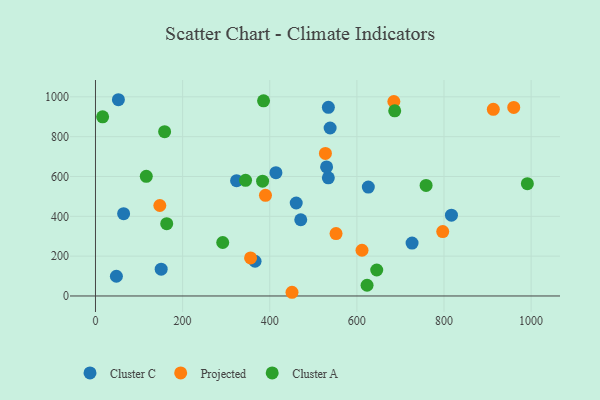
{"axis": {"x": "Price", "y": "Fuel Efficiency"}, "legend": ["Cluster A", "Cluster C", "Projected"], "data": [{"x": "534.6", "y": 947.5, "type": "Cluster C"}, {"x": "817.1", "y": 405.8, "type": "Cluster C"}, {"x": "538.6", "y": 843.5, "type": "Cluster C"}, {"x": "626.3", "y": 547.0, "type": "Cluster C"}, {"x": "471.2", "y": 382.7, "type": "Cluster C"}, {"x": "534.5", "y": 593.4, "type": "Cluster C"}, {"x": "366.3", "y": 174.3, "type": "Cluster C"}, {"x": "150.8", "y": 134.4, "type": "Cluster C"}, {"x": "323.9", "y": 579.1, "type": "Cluster C"}, {"x": "52.6", "y": 985.5, "type": "Cluster C"}, {"x": "460.8", "y": 466.8, "type": "Cluster C"}, {"x": "530.5", "y": 648.3, "type": "Cluster C"}, {"x": "48.0", "y": 99.1, "type": "Cluster C"}, {"x": "414.2", "y": 619.0, "type": "Cluster C"}, {"x": "64.6", "y": 413.2, "type": "Cluster C"}, {"x": "726.7", "y": 265.6, "type": "Cluster C"}, {"x": "611.8", "y": 229.6, "type": "Projected"}, {"x": "552.2", "y": 313.3, "type": "Projected"}, {"x": "147.7", "y": 454.4, "type": "Projected"}, {"x": "797.1", "y": 323.2, "type": "Projected"}, {"x": "451.1", "y": 18.6, "type": "Projected"}, {"x": "390.2", "y": 505.4, "type": "Projected"}, {"x": "527.8", "y": 715.6, "type": "Projected"}, {"x": "684.9", "y": 976.7, "type": "Projected"}, {"x": "913.2", "y": 937.5, "type": "Projected"}, {"x": "960.1", "y": 947.0, "type": "Projected"}, {"x": "356.0", "y": 190.9, "type": "Projected"}, {"x": "163.5", "y": 363.2, "type": "Cluster A"}, {"x": "344.5", "y": 581.0, "type": "Cluster A"}, {"x": "383.6", "y": 576.5, "type": "Cluster A"}, {"x": "686.9", "y": 929.9, "type": "Cluster A"}, {"x": "991.4", "y": 564.1, "type": "Cluster A"}, {"x": "16.4", "y": 899.5, "type": "Cluster A"}, {"x": "758.9", "y": 555.4, "type": "Cluster A"}, {"x": "623.4", "y": 53.8, "type": "Cluster A"}, {"x": "116.6", "y": 601.1, "type": "Cluster A"}, {"x": "385.8", "y": 980.0, "type": "Cluster A"}, {"x": "158.7", "y": 825.3, "type": "Cluster A"}, {"x": "645.6", "y": 130.4, "type": "Cluster A"}, {"x": "292.1", "y": 268.6, "type": "Cluster A"}]}